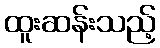
ထူးဆန်းသည့်